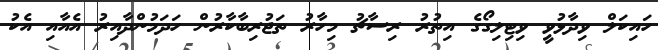
ހައިކަލް ވިދާޅުވީ ވިޓިލިގޯގެ އިތުރު ރިސާޗު މިހާރު ތަޖުރިބާކާރުން ހަދަމުންދާއިރު އެއާއި އެކު